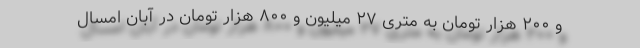
و ۲۰۰ هزار تومان به متری ۲۷ میلیون و ۸۰۰ هزار تومان در آبان امسال